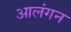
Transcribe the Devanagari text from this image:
आलंगन